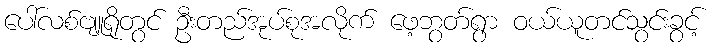
ပေါ်လစ်ဗျူရိုတွင် ဦးတည်အုပ်စုအလိုက် ဖေ့ဘွတ်ရွာ ဝယ်ယူတင်သွင်းခွင့်